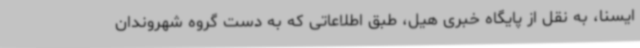
ایسنا، به نقل از پایگاه خبری هیل، طبق اطلاعاتی که به دست گروه شهروندان